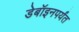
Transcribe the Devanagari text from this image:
डेबॉइनपर्यंत